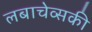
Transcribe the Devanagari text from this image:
लबाचेव्सकी